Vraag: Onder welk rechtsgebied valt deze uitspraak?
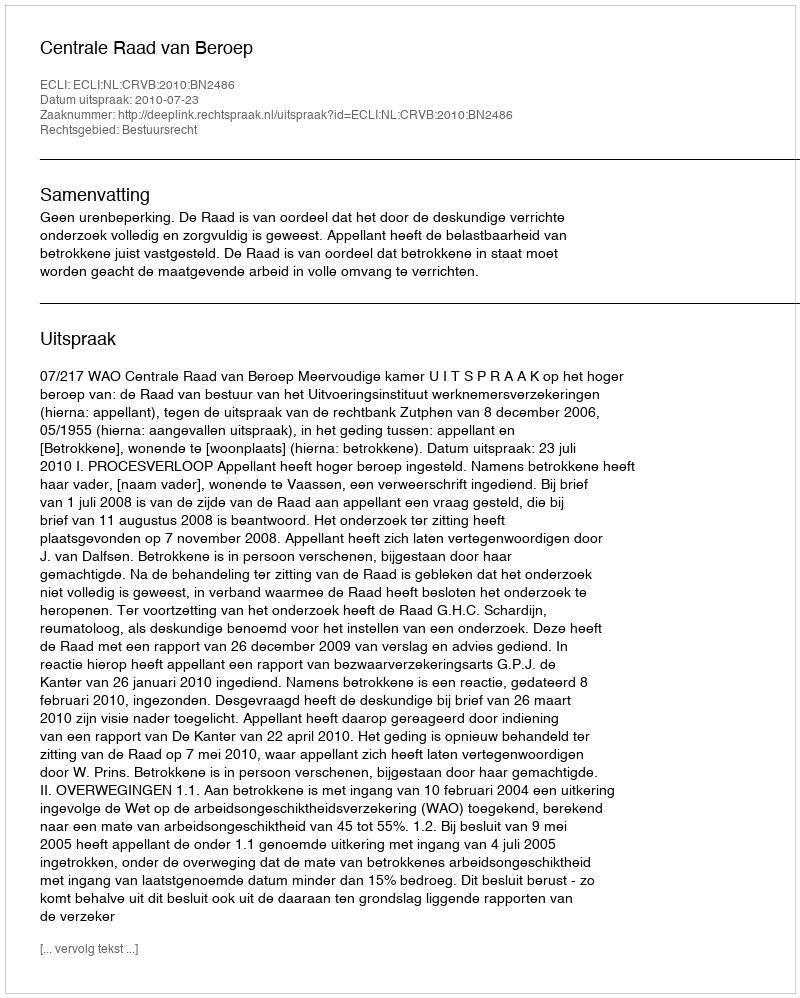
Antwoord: Bestuursrecht